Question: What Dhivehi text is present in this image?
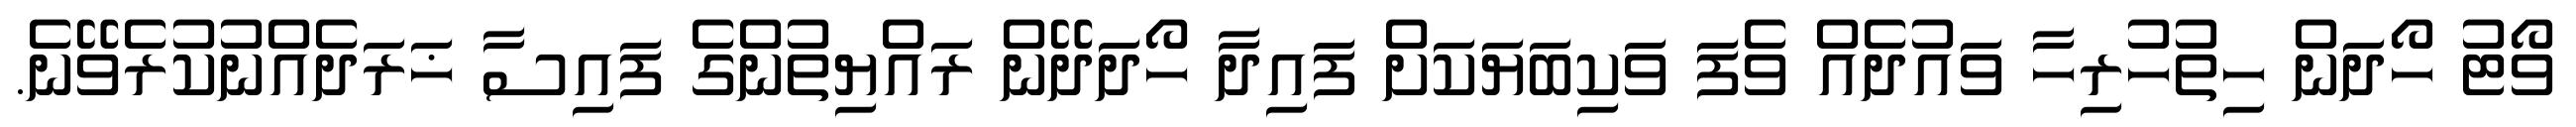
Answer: ވޯޓު ހޯދަން ހިތުހުރިހާ ވައުދެއް ވެފަ ވަކިބަޔަކަށް ފައިދާ ހޯދަދޭން ރައްޔިތުންގެ ފައިސާ ޚަރަދެއްނުކުރެވޭނެ.